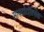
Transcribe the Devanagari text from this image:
सायटोटॉक्सिक